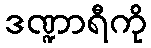
ဒဏ္ဍာရီကို